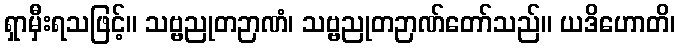
ရှာမှီးရသဖြင့်။ သဗ္ဗညုတဉာဏံ၊ သဗ္ဗညုတဉာဏ်တော်သည်။ ယဒိဟောတိ၊